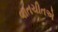
વાતચીતએ